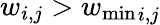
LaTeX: w_{i,j}>{w_{\mathrm{min}}}_{i,j}